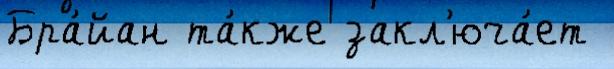
Бра́йан та́кже закл'юча́ет